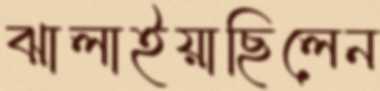
ঝালাইয়াছিলেন